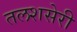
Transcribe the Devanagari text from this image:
तलशसेरी